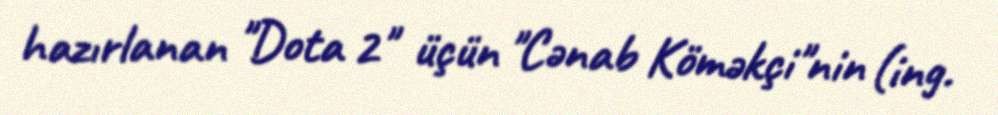
hazırlanan "Dota 2" üçün "Cənab Köməkçi"nin (ing.